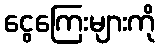
ငွေကြေးများကို